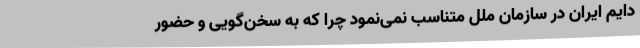
دایم ایران در سازمان ملل متناسب نمی‌نمود چرا که به سخن‌گویی و حضور